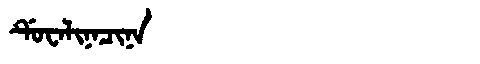
Manchu: ᡩᡠᠸᠠᠯᡳᠨᠠᠴᡳᠨᠠ
Romanization: DUWALINACINA